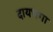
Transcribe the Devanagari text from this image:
दायभगा